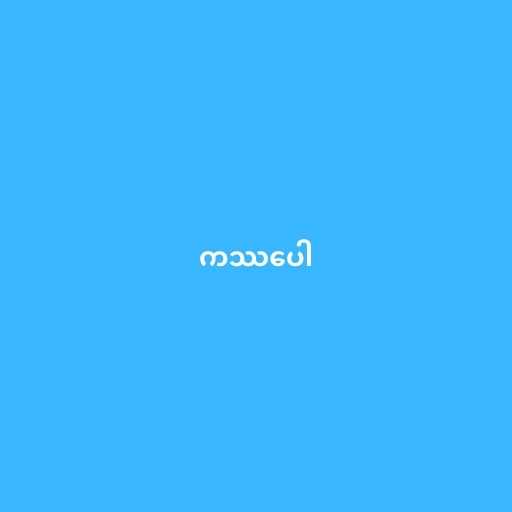
ကဿပေါ